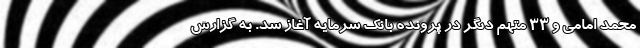
محمد امامی و ۳۳ متهم دیگر در پرونده بانک سرمایه آغاز شد. به گزارش